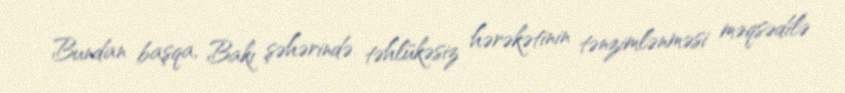
Bundan başqa, Bakı şəhərində təhlükəsiz hərəkətinin tənzimlənməsi məqsədilə